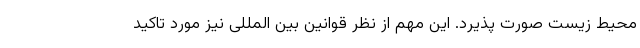
محیط زیست صورت پذیرد. این مهم از نظر قوانین بین المللی نیز مورد تاکید